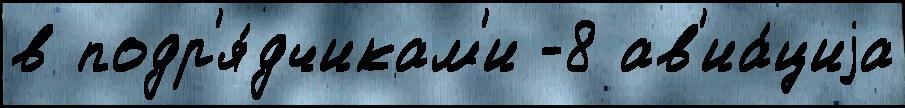
в подр'я́дчикам'и -8 ав'иа́циjа